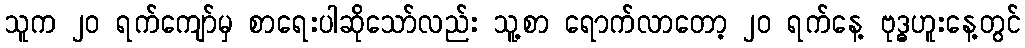
သူက ၂၀ ရက်ကျော်မှ စာရေးပါဆိုသော်လည်း သူ့စာ ရောက်လာတော့ ၂၀ ရက်နေ့ ဗုဒ္ဓဟူးနေ့တွင်